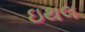
ઇથલ